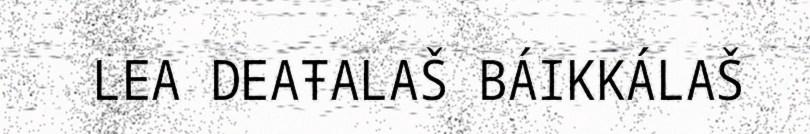
LEA DEAŦALAŠ BÁIKKÁLAŠ